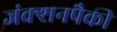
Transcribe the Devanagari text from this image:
जंक्शनपैकी